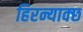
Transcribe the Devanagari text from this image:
हिरन्याक्छ